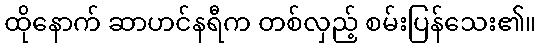
ထိုနောက် ဆာဟင်နရီက တစ်လှည့် စမ်းပြန်သေး၏။